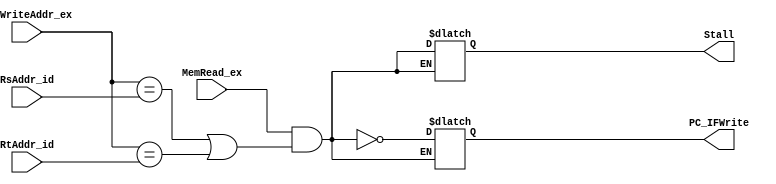
`timescale 1ns / 1ps
module Hazard_detectior(
		MemRead_ex,
		RegWriteAddr_ex,
		RsAddr_id,
		RtAddr_id,
		Stall,
		PC_IFWrite
	);
	input MemRead_ex;
	input[4:0] RegWriteAddr_ex,RsAddr_id,RtAddr_id;
	output reg Stall,PC_IFWrite;
	always @(*)
	begin
		if((MemRead_ex==1)&&((RegWriteAddr_ex==RsAddr_id)||(RegWriteAddr_ex==RtAddr_id)))
		begin
			Stall = MemRead_ex&&((RegWriteAddr_ex==RsAddr_id)||(RegWriteAddr_ex==RtAddr_id));
			PC_IFWrite = ~Stall;
		end
	end
endmodule